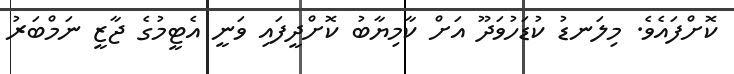
ކޮށްފައެވެ. މިލަނޑު ކުޑަހުވަދޫ އަށް ކާމިޔާބު ކޮށްދީފައި ވަނީ އެޓީމުގެ ޖާޒީ ނަމްބަރު